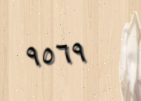
٩٥٦٩